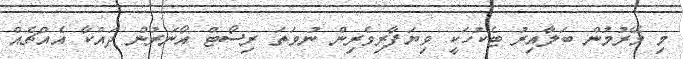
މި މޭރުމުން ބަލާއިރު ޓެކުހަކީ ވިޔަފާރިވެރިން ނުވަތަ ރިސޯޓް އޯނަރުން ދައްކާ އެއްޗެއް